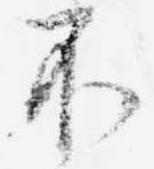
不